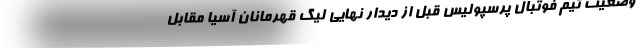
وضعیت تیم فوتبال پرسپولیس قبل از دیدار نهایی لیگ قهرمانان آسیا مقابل